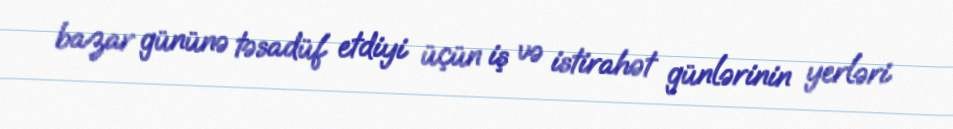
bazar gününə təsadüf etdiyi üçün iş və istirahət günlərinin yerləri